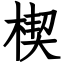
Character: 楔